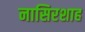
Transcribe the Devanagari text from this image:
नासिरशाह